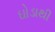
ઘોડાથી